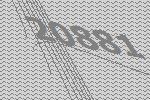
20881